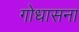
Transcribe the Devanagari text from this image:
गोधासना